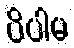
ပိပါမ